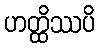
ဟတ္ထိဿပိ